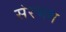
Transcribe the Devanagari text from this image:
संरभग